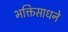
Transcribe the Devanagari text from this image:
भक्तिसाधने